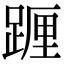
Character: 𨂷